Report on the working of the mental hospitals for Indians in Bihar and Orissa - 1925-1929
Year: 1925
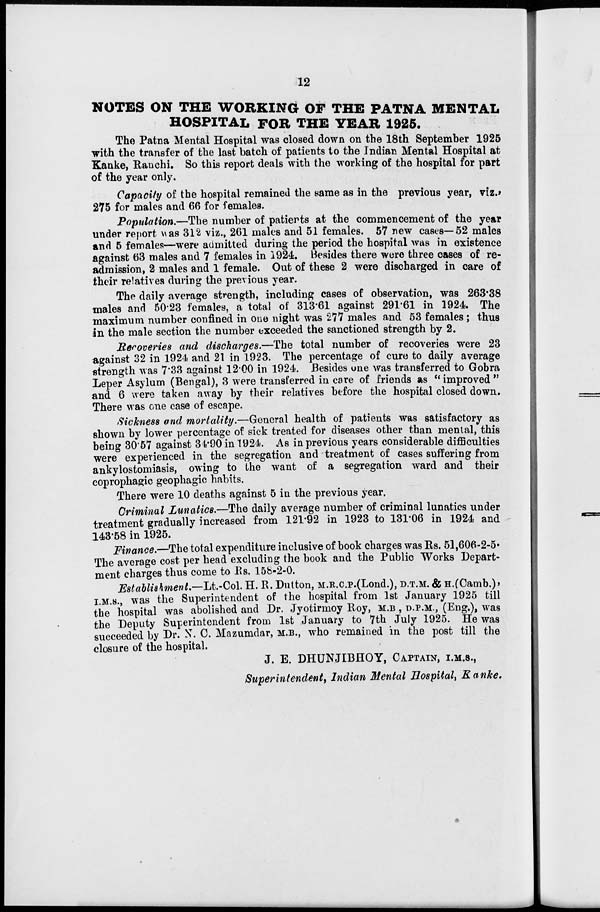
12
NOTES ON THE WORKING OF THE PATNA MENTAL
HOSPITAL FOR THE YEAR 1925.
The Patna Mental Hospital was closed down on the 18th September 1925
with the transfer of the last batch of patients to the Indian Mental Hospital at
Kanke, Ranchi. So this report deals with the working of the hospital for part
of the year only.
Capacity of the hospital remained the same as in the previous year, viz.,
275 for males and 66 for females.
Population.—The number of patients at the commencement of the year
under report was 312 viz., 261 males and 51 females. 57 new cases—52 males
and 5 females—were admitted during the period the hospital was in existence
against 63 males and 7 females in 1924. Besides there were three cases of re-
admission, 2 males and 1 female. Out of these 2 were discharged in care of
their relatives during the previous year.
The daily average strength, including cases of observation, was 263.38
males and 50.23 females, a total of 313.61 against 291.61 in 1924. The
maximum number confined in one night was 277 males and 53 females; thus
in the male section the number exceeded the sanctioned strength by 2.
Recoveries and discharges.—The total number of recoveries were 23
against 32 in 1924 and 21 in 1923. The percentage of cure to daily average
strength was 7.33 against 12.00 in 1924. Besides one was transferred to Gobra
Leper Asylum (Bengal), 3 were transferred in care of friends as '' improved "
and 6 were taken away by their relatives before the hospital closed down.
There was one case of escape.
Sickness and mortality.—General health of patients was satisfactory as
shown by lower percentage of sick treated for diseases other than mental, this
being 30.57 against 34.90 in 1924. As in previous years considerable difficulties
were experienced in the segregation and treatment of cases suffering from
ankylostomiasis, owing to the want of a segregation ward and their
coprophagic geophagic habits.
There were 10 deaths against 5 in the previous year.
Criminal Lunatics.—The daily average number of criminal lunatics under
treatment gradually increased from 121.92 in 1923 to 131.06 in 1924 and
143.58 in 1925.
Finance.—The total expenditure inclusive of book charges was Rs. 51,606-2-5.
The average cost per head excluding the book and the Public Works Depart-
ment charges thus come to Rs. 158-2-0.
Establishment.—Lt.-Col. H. R. Dutton, M.R.C.P.(Lond.), D.T.M. & H.(Camb.),
I.M.S., was the Superintendent of the hospital from 1st January 1925 till
the hospital was abolished and Dr. Jyotirmoy Roy, M.B , D.P.M., (Eng.), was
the Deputy Superintendent from 1st January to 7th July 1925. He was
succeeded by Dr. N. C. Mazumdar, M.B., who remained in the post till the
closure of the hospital.
J. E. DHUNJIBHOY, CAPTAIN, I.M.S.,
Superintendent, Indian Mental Hospital, Kanke.